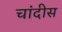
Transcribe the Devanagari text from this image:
चांदीस